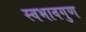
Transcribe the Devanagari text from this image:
स्वभावगुण